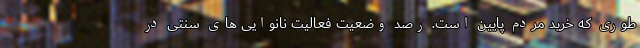
طوری که خرید مردم پایین است. رصد وضعیت فعالیت نانوایی های سنتی در